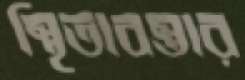
স্থিতাবস্তার